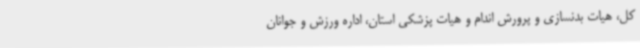
کل، هیات بدنسازی و پرورش اندام و هیات پزشکی استان، اداره ورزش و جوانان